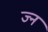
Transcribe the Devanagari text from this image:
ज्न